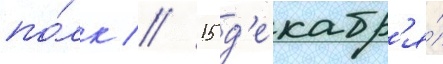
по́лк // 15 д'екабр'я́